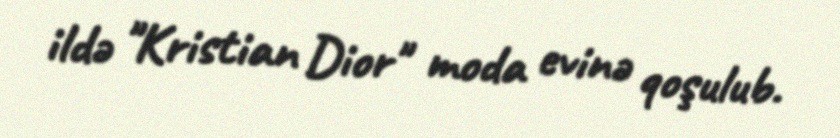
ildə "Kristian Dior" moda evinə qoşulub.